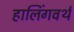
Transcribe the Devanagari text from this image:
हालिंगवर्थ